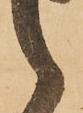
々